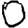
Digit: 0